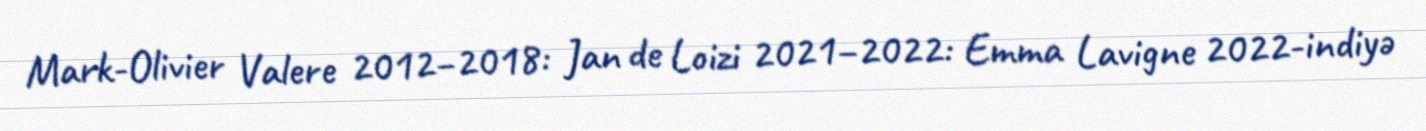
Mark-Olivier Valere 2012–2018: Jan de Loizi 2021–2022: Emma Lavigne 2022-indiyə